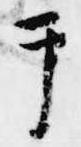
テ